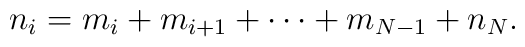
n_i = m_i + m_{i+1} + \cdots + m_{N-1} + n_N.